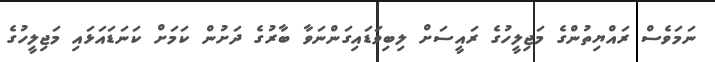
ނަމަވެސް ރައްޔިތުންގެ މަޖިލީހުގެ ރައީސަށް ލިބިވަޑައިގަންނަވާ ބާރުގެ ދަށުން ކަމަށް ކަނަޑައަޅައި މަޖިލީހުގެ